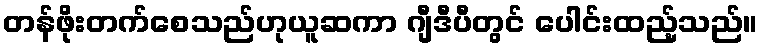
တန်ဖိုးတက်စေသည်ဟုယူဆကာ ဂျီဒီပီတွင် ပေါင်းထည့်သည်။